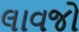
લાવજો